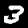
Label: 3